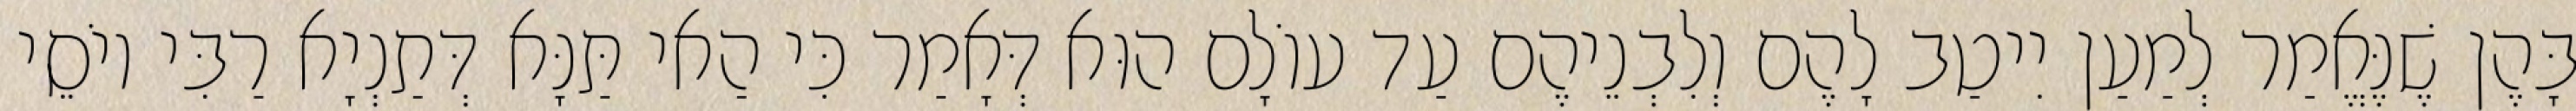
בָּהֶן שֶׁנֶּאֱמַר לְמַעַן יִיטַב לָהֶם וְלִבְנֵיהֶם עַד עוֹלָם הוּא דְּאָמַר כִּי הַאי תַּנָּא דְּתַנְיָא רַבִּי יוֹסֵי